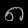
Digit: ၈